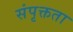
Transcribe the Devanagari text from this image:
संपृक्तता